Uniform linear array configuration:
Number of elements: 16
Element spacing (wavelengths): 1
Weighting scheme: cosine
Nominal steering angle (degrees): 60
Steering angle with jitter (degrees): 61.53
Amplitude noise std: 0.05
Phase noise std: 0.05

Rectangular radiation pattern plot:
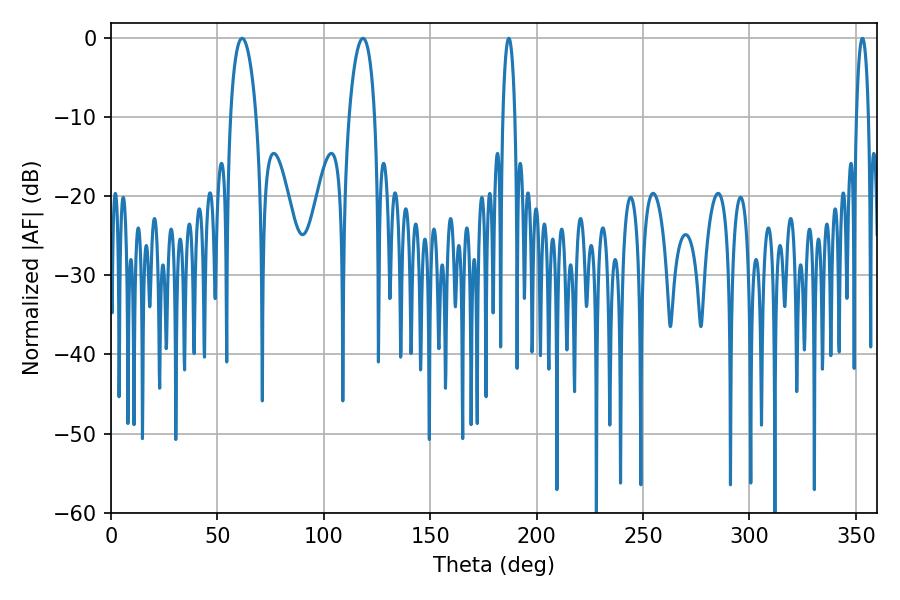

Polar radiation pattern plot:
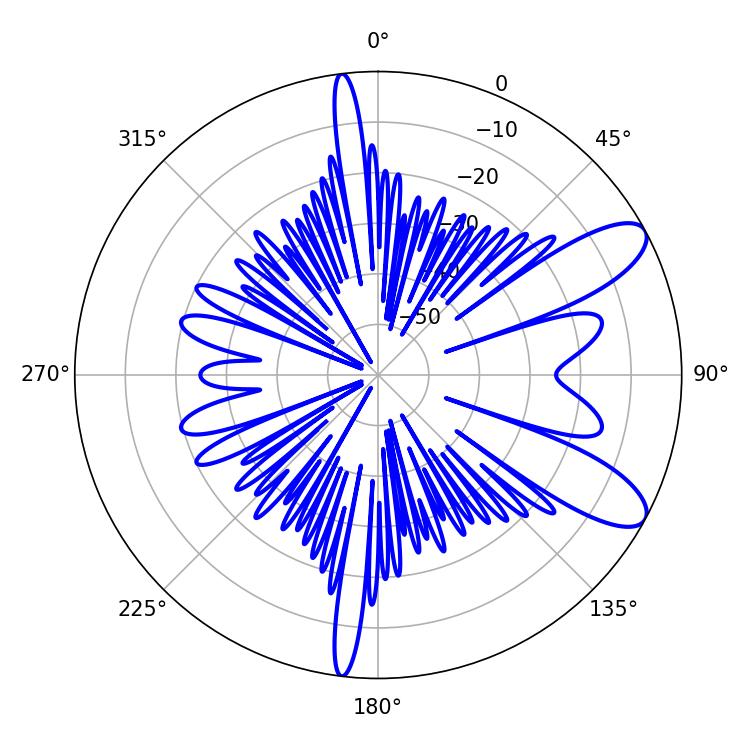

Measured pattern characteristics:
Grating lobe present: TRUE
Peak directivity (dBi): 9.661
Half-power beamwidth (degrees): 6.84
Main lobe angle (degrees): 61.56